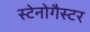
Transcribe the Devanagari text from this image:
स्टेनोगैस्टर